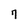
Character: 7